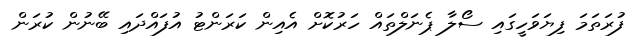
ފުރަތަމަ ފިޔަވަހީގައި ސޯލާ ޕެނަލްތައް ހަރުކޮށް އެއިން ކަރަންޓު އުފައްދައި ބޭނުން ކުރަން